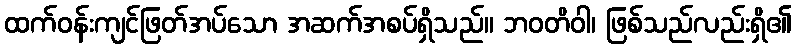
ထက်ဝန်းကျင်ဖြတ်အပ်သော အဆက်အစပ်ရှိသည်။ ဘဝတိဝါ၊ ဖြစ်သည်လည်းရှိ၏